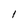
Character: l